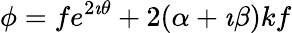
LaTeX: \phi=fe^{2\imath\theta}+2(\alpha+\imath\beta)kf